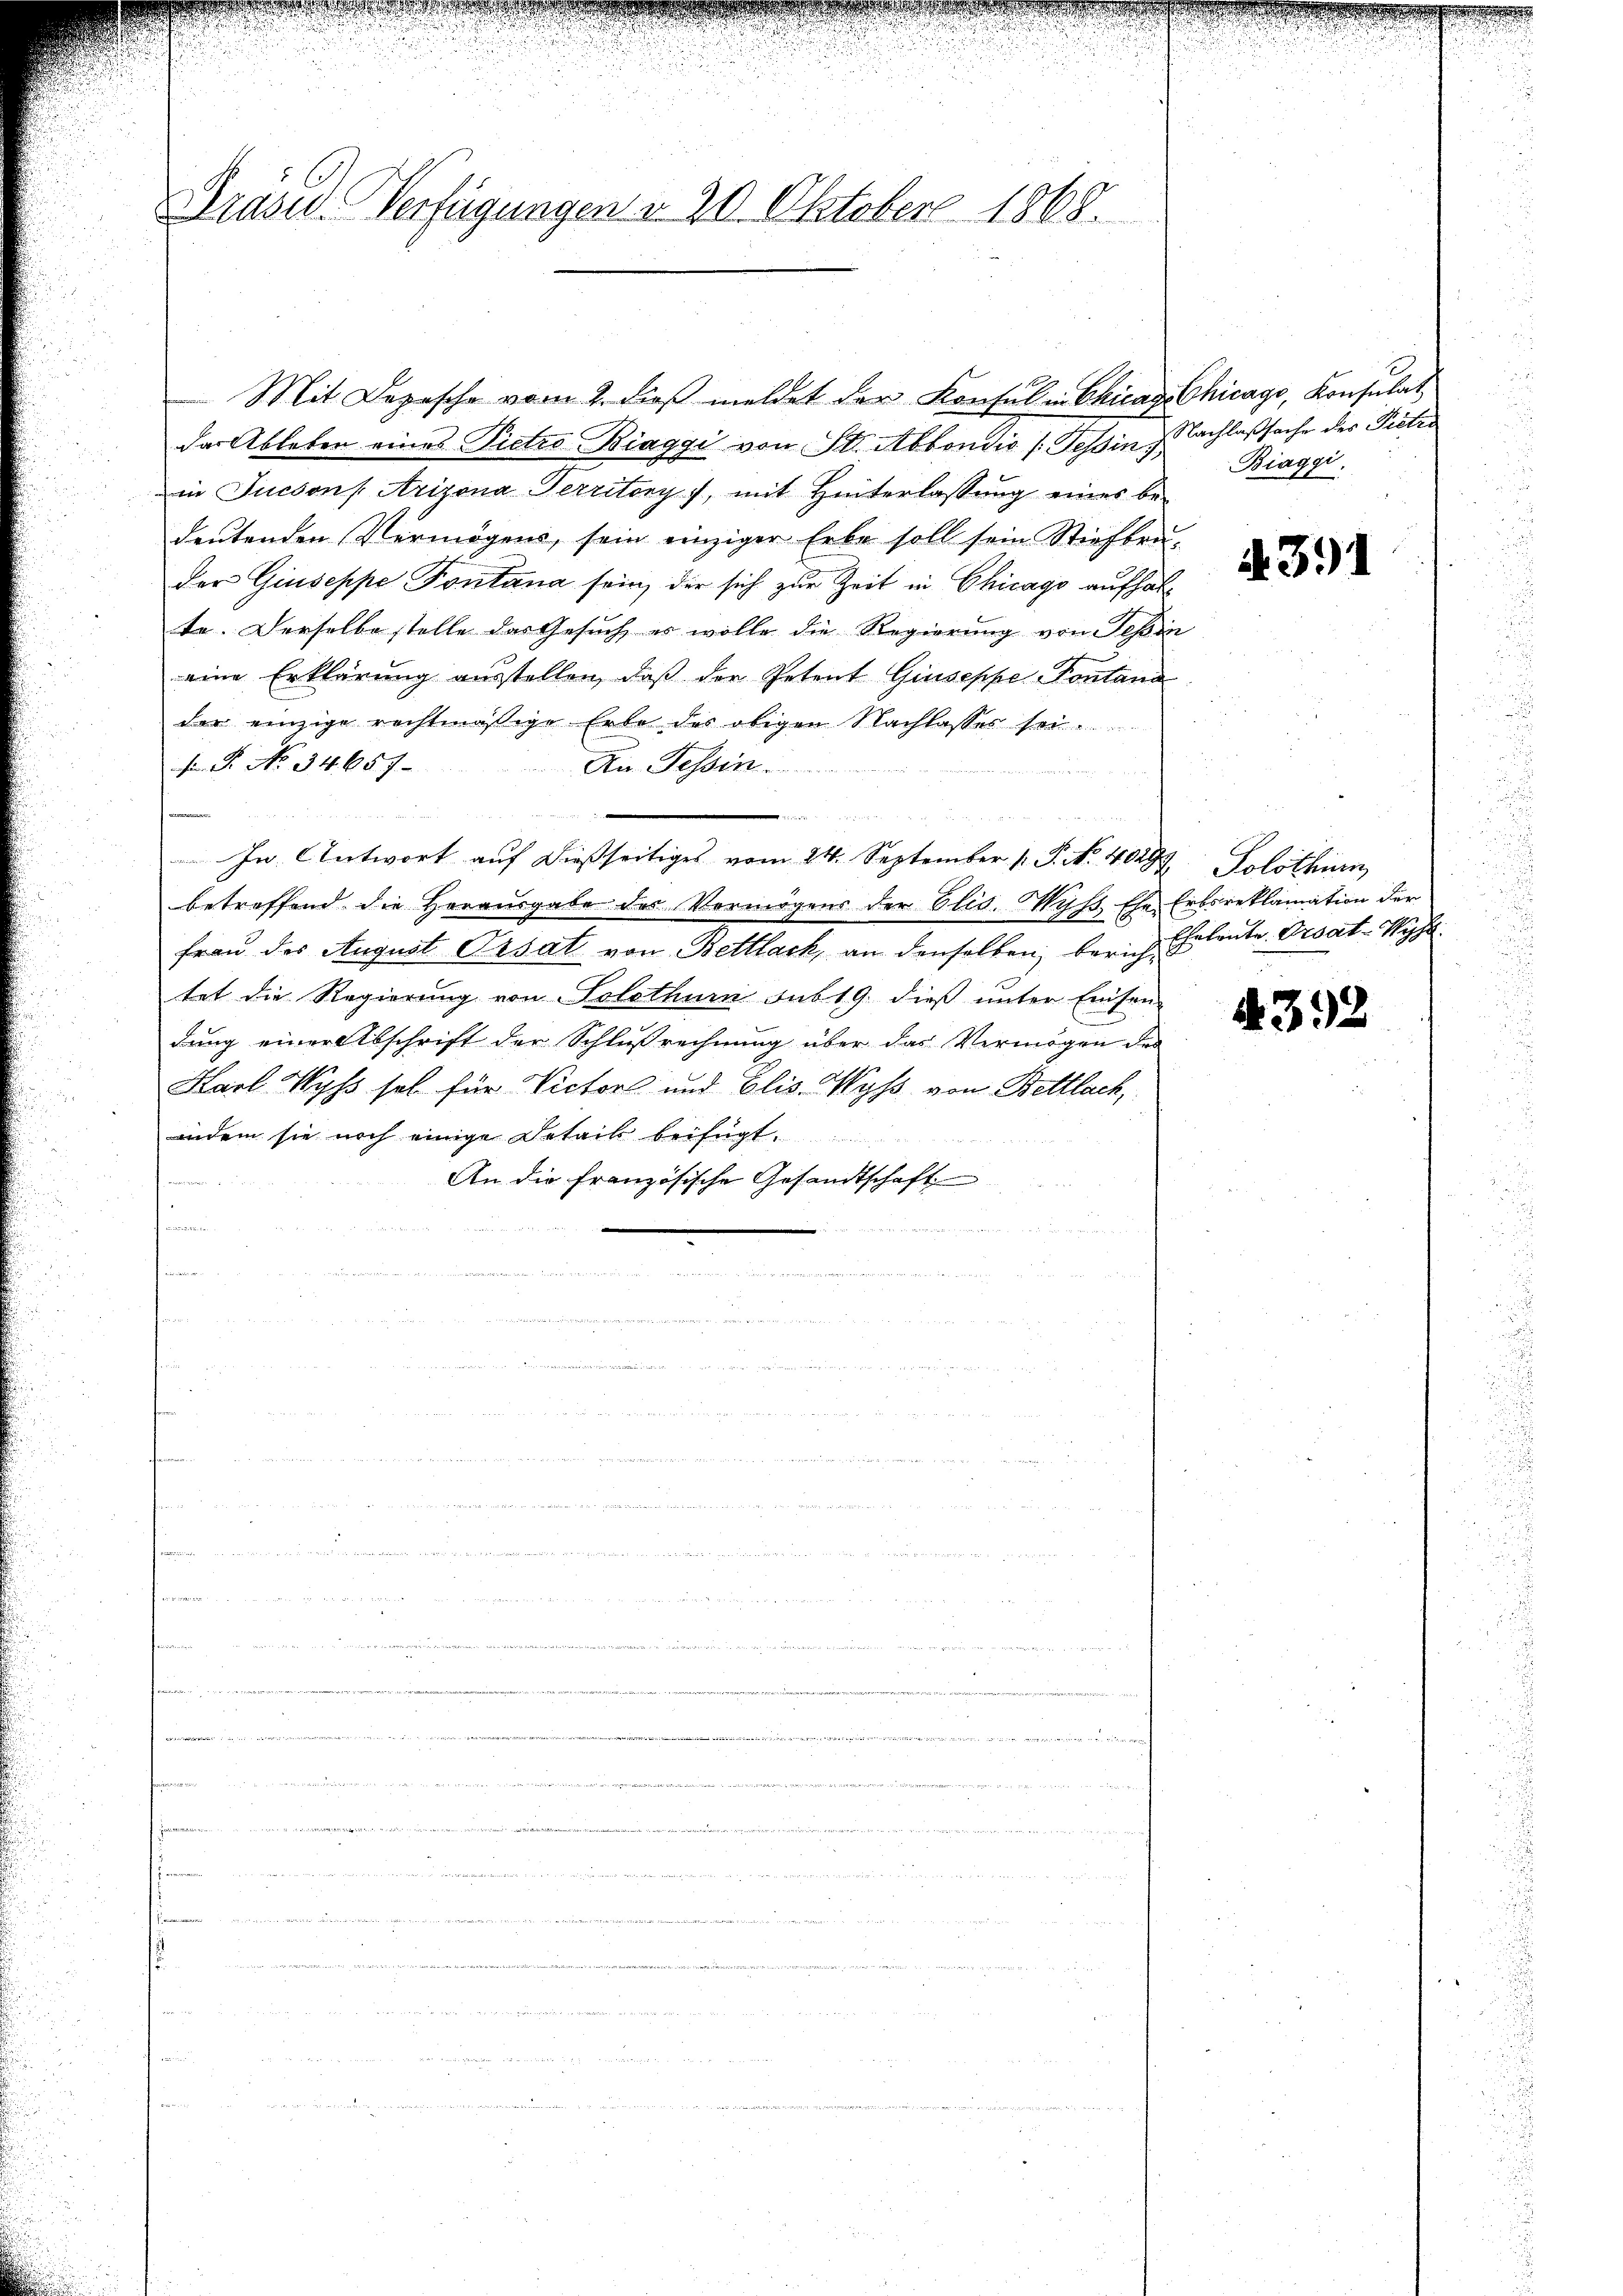
Praser Verfügungen v. 20. Oktober 1868.

Mit Depesche vom 2. dieβ meldet der Konsul in Chicago Chicago, Konsulat
das Ableben eines Pietro-Biaggi von Str. Abbondis (Tessin J. Nachlaßsache des Pretis
in Jucsons Arizona Territory 7, mit Hinterlassŭng eines be-
deŭtenden Vermögens, sein einziger Erbe soll sein Stiefbru-
der Giuseppe Pontana sein, der sich zur Zeit in Chicago aufhalte. Derselbe stelle das Gesuch es wolle die Regierung von Tessin
eine Erklärung ausstellen, daß der Petent Giuseppe Pontana
der einzige rechtmässige Erbe des obigen Nachlasses sei
 P. No 34. 657
Die Tessin

In Antwort auf dießseitiges vom 24. September 1. P. Nr. 40299 Solothurn
betreffend die Herausgabe des Vermögens der Elis. Wyss Ehe Erbsreklamation der
Frau der August Prsatz von Bettlach, an denselben, berichtet die Regierung von Solothurn sub 19. dieß unter Einsen-
dung einer Abschrift der Schlußrechnung über das Vermögen des
Karl Wyss sel für Victor und Elis. Wyss von Bettlach,
indem sie noch einige Detail beifügt.
An die französische Gesandtschaft
er
n

Biaggi

A 391

Eheleute Ersat-Syst

4392